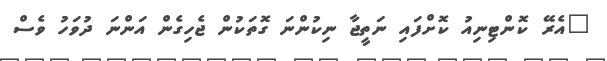
"އެރޭ ކޮންޓިނިއު ކޮށްފައި ނަތީޖާ ނިކުންނަ ގޮތަކުން ޖެހިގެން އަންނަ ދުވަހު ވެސް